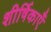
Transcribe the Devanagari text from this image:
शीर्षिकाएँ